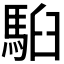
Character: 𩢹